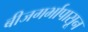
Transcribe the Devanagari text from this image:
बीजगर्भापासून